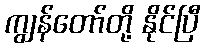
ကျွန်တော်တို့ နိုင်ပြီ